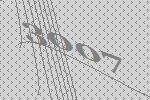
3007